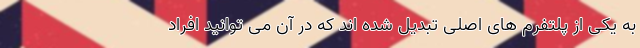
به یکی از پلتفرم‌ های اصلی تبدیل شده ‌اند که در آن می ‌توانید افراد